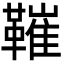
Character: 𩌩